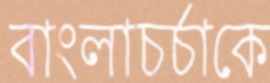
বাংলাচর্চাকে